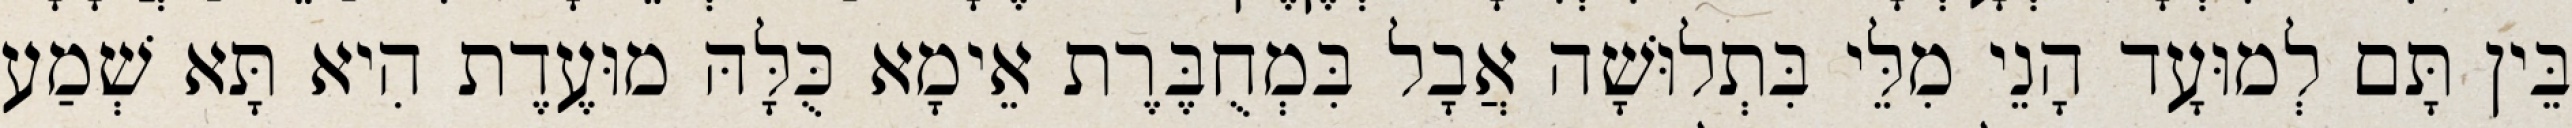
בֵּין תָּם לְמוּעָד הָנֵי מִלֵּי בִּתְלוּשָׁה אֲבָל בִּמְחֻבֶּרֶת אֵימָא כֻּלָּהּ מוּעֶדֶת הִיא תָּא שְׁמַע